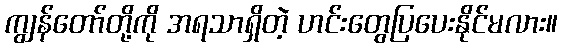
ကျွန်တော်တို့ကို အရသာရှိတဲ့ ဟင်းတွေပြပေးနိုင်မလား။